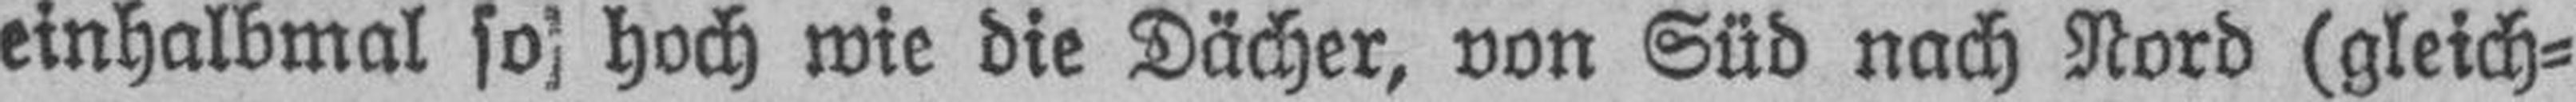
einhalbmal so hoch wie die Dächer, von Süd nach Nord (gleich¬